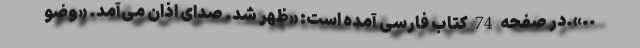
..».در صفحه 74 کتاب فارسی آمده است: «ظهر شد. صداى اذان می‌آمد. «وضو